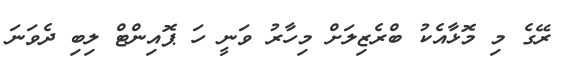
ރޭގެ މި މޮޅާއެކު ބްރެޒިލަށް މިހާރު ވަނީ ހަ ޕޮއިންޓް ލިބި ދެވަނަ